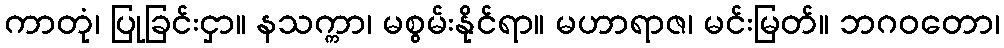
ကာတုံ၊ ပြုခြင်းငှာ။ နသက္ကာ၊ မစွမ်းနိုင်ရာ။ မဟာရာဇ၊ မင်းမြတ်။ ဘဂဝတော၊